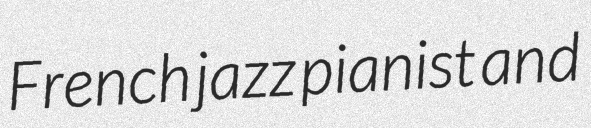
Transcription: French jazz pianist and